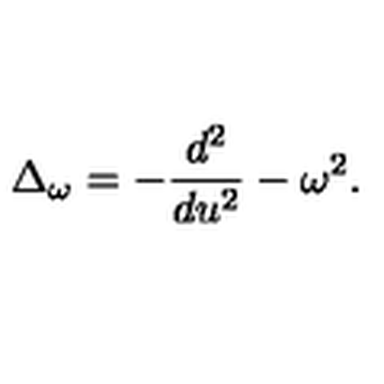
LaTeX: \Delta _ { \omega } = - { \frac { d ^ { 2 } } { d u ^ { 2 } } } - \omega ^ { 2 } .